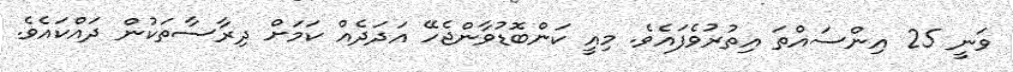
ވަނީ 25 އިންސައްތަ އިތުރުވެފައެވެ. މިއީ ކަންބޮޑުވާންޖެހޭ އަދަދެއް ކަމަށް ދިރާސާތަކުން ދައްކައެވެ.